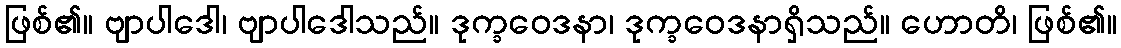
ဖြစ်၏။ ဗျာပါဒေါ၊ ဗျာပါဒေါသည်။ ဒုက္ခဝေဒနာ၊ ဒုက္ခဝေဒနာရှိသည်။ ဟောတိ၊ ဖြစ်၏။